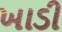
ખાડી